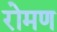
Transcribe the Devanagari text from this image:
रोमण